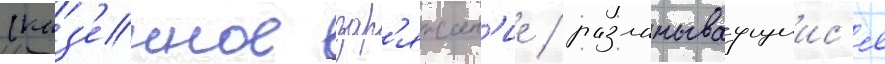
(каз'енное зар'яжан'ие / разламываущиис'я